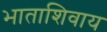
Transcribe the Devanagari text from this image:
भाताशिवाय